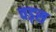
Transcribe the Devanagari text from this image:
वड्स